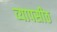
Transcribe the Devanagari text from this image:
व्यापसीठ